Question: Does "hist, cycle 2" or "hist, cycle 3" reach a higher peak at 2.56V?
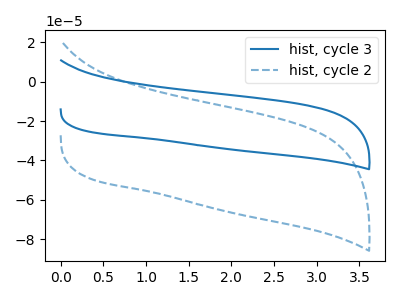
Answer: <think>The blue curve "hist, cycle 3" has no peaks. The blue dashed curve "hist, cycle 2" has no peaks.</think>
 <answer>"hist, cycle 2" and "hist, cycle 3" dont share a peak at 2.56V.</answer>
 <eval>mismatch</eval>